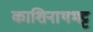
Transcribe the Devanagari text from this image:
काशिनाथभट्ट